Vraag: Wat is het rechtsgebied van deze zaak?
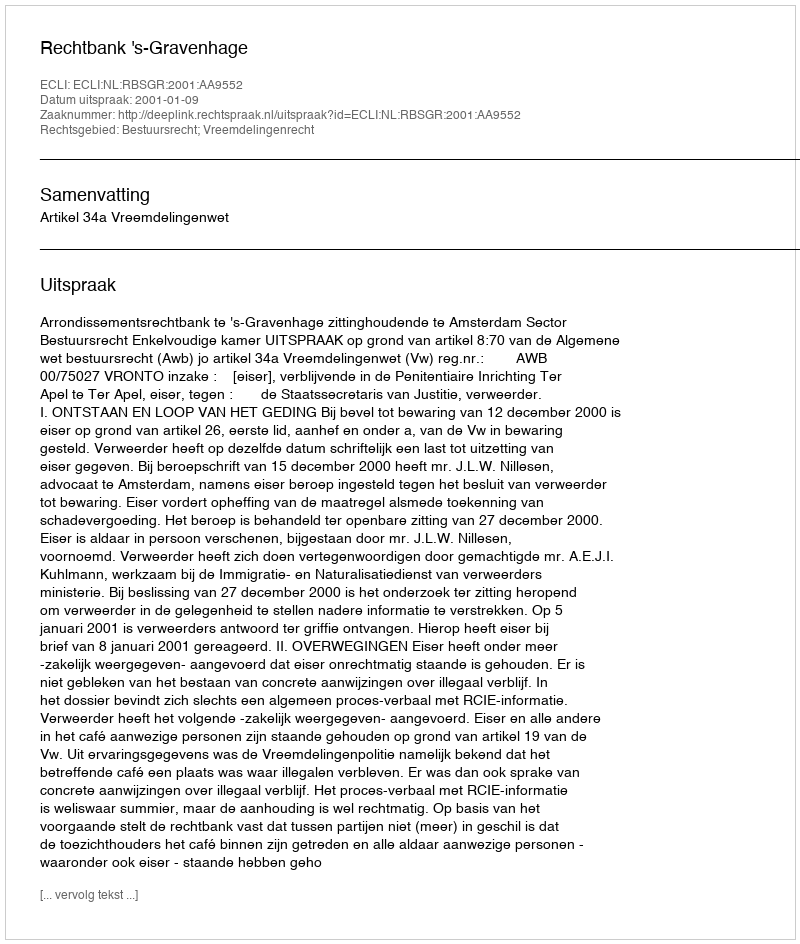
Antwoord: Bestuursrecht; Vreemdelingenrecht